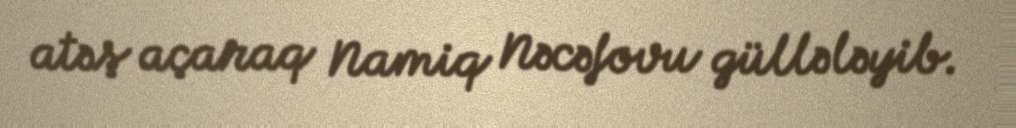
atəş açaraq Namiq Nəcəfovu güllələyib.